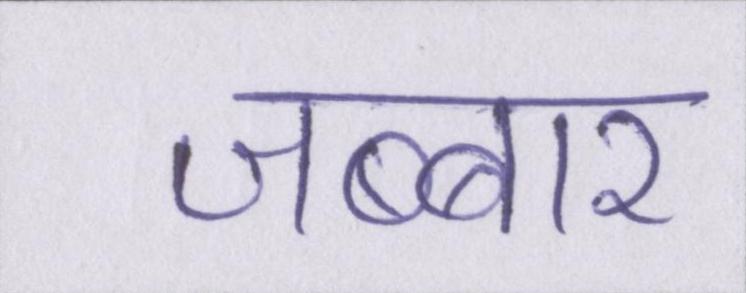
जब्बार